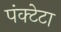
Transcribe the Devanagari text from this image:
पंक्टेटा